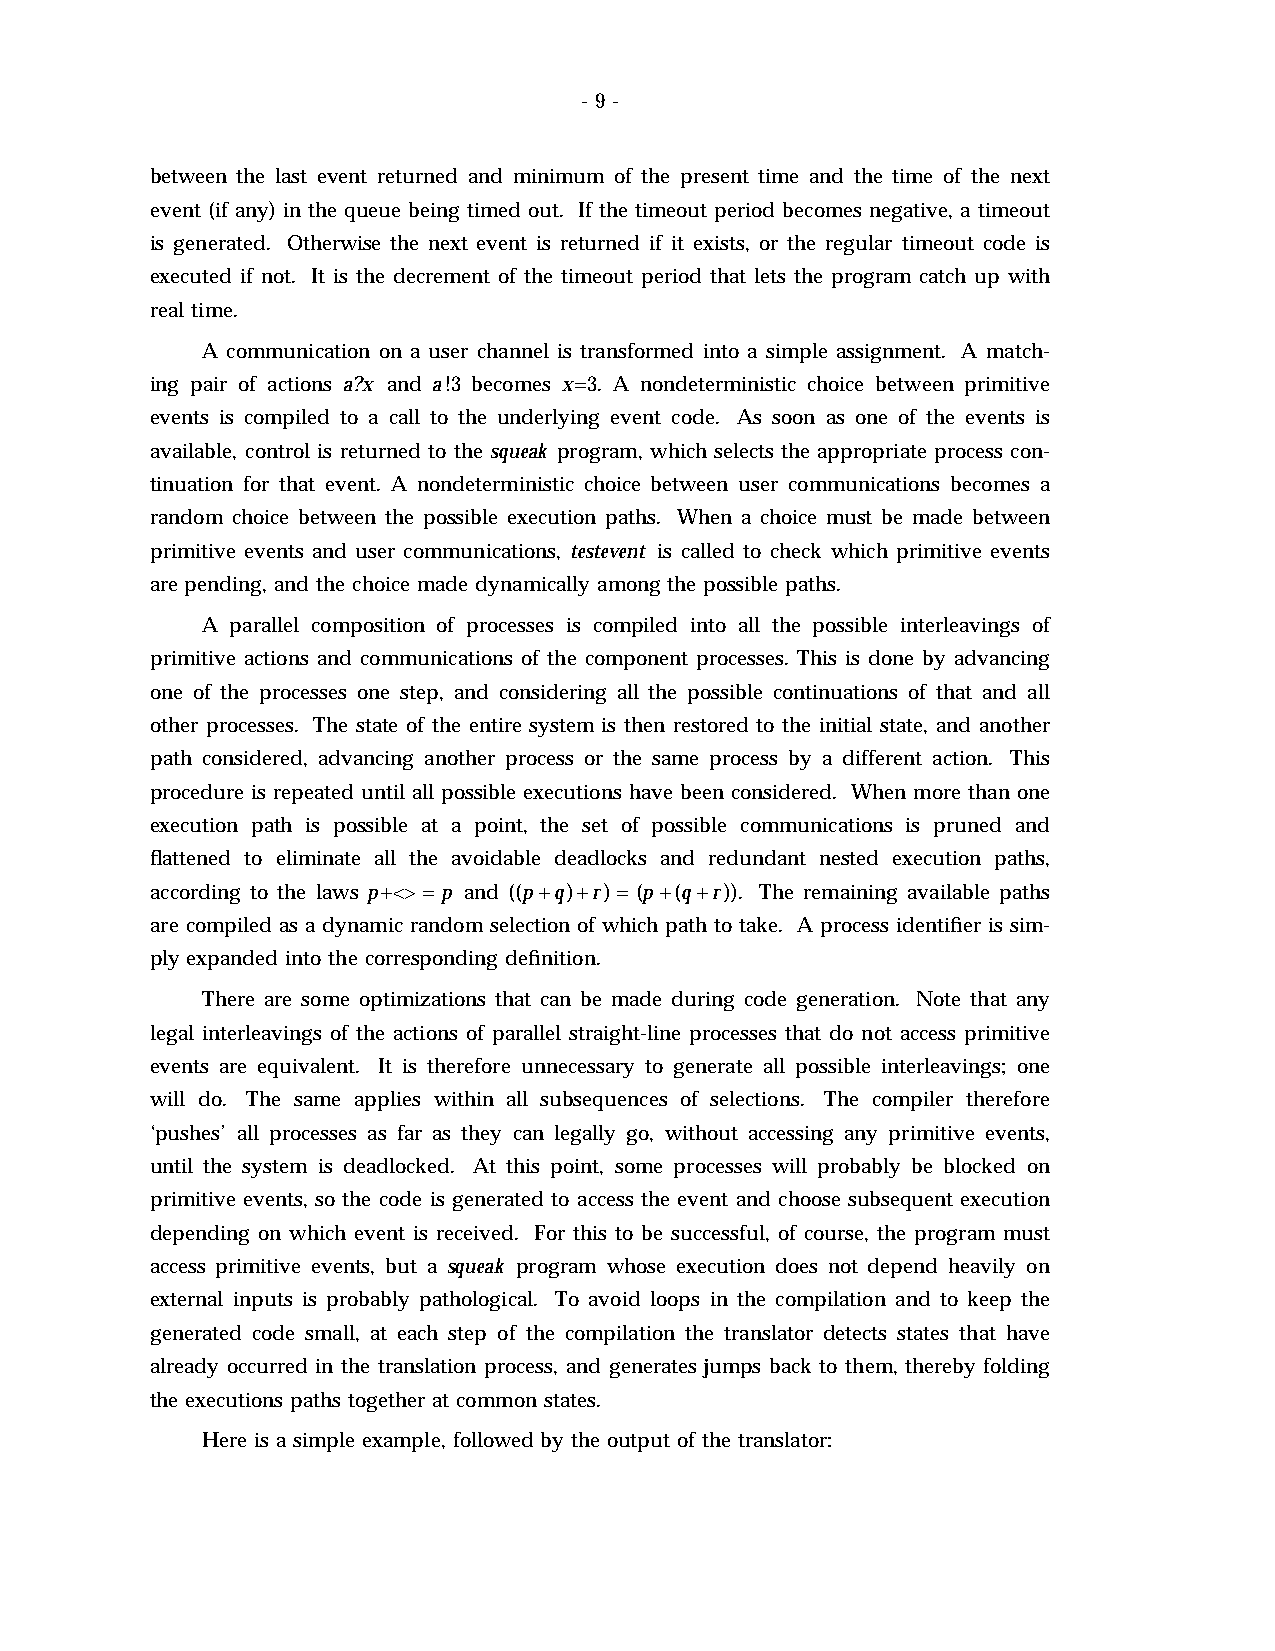
- 9 -
 between the last event returned and minimum of the present time and the time of the next
 event (if any) in the queue being timed out. If the timeout period becomes negative, a timeout
 is generated. Otherwise the next event is returned if it exists, or the regular timeout code is
 executed if not. It is the decrement of the timeout period that lets the program catch up with
 real time.
 A communication on a user channel is transformed into a simple assignment. A match-
 ing pair of actions a?x and a!3 becomes x=3. A nondeterministic choice between primitive
 events is compiled to a call to the underlying event code. As soon as one of the events is
 available, control is returned to the squeak program, which selects the appropriate process con-
 tinuation for that event. A nondeterministic choice between user communications becomes a
 random choice between the possible execution paths. When a choice must be made between
 primitive events and user communications, testevent is called to check which primitive events
 are pending, and the choice made dynamically among the possible paths.
 A parallel composition of processes is compiled into all the possible interleavings of
 primitive actions and communications of the component processes. This is done by advancing
 one of the processes one step, and considering all the possible continuations of that and all
 other processes. The state of the entire system is then restored to the initial state, and another
 path considered, advancing another process or the same process by a different action. This
 procedure is repeated until all possible executions have been considered. When more than one
 execution path is possible at a point, the set of possible communications is pruned and
 flattened to eliminate all the avoidable deadlocks and redundant nested execution paths,
 according to the laws p+<> = p and ((p +q)+r) = (p +(q +r)). The remaining available paths
 are compiled as a dynamic random selection of which path to take. A process identifier is sim-
 ply expanded into the corresponding definition.
 There are some optimizations that can be made during code generation. Note that any
 legal interleavings of the actions of parallel straight-line processes that do not access primitive
 events are equivalent. It is therefore unnecessary to generate all possible interleavings; one
 will do. The same applies within all subsequences of selections. The compiler therefore
 ‘pushes’ all processes as far as they can legally go, without accessing any primitive events,
 until the system is deadlocked. At this point, some processes will probably be blocked on
 primitive events, so the code is generated to access the event and choose subsequent execution
 depending on which event is received. For this to be successful, of course, the program must
 access primitive events, but a squeak program whose execution does not depend heavily on
 external inputs is probably pathological. To avoid loops in the compilation and to keep the
 generated code small, at each step of the compilation the translator detects states that have
 already occurred in the translation process, and generates jumps back to them, thereby folding
 the executions paths together at common states.
 Here is a simple example, followed by the output of the translator: